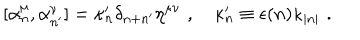
LaTeX: \lbrack \alpha _ { n } ^ { \mu } , \alpha _ { n ^ { \prime } } ^ { \nu } ] = \kappa _ { n } ^ { \prime } \delta _ { n + n ^ { \prime } } \eta ^ { \mu \nu } \, \, , \quad \kappa _ { n } ^ { \prime } \equiv \epsilon ( n ) \kappa _ { | n | } \, \, .